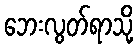
ဘေးလွတ်ရာသို့